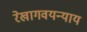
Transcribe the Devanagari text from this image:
रेखागवयन्याय